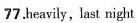
77.heavily，last night